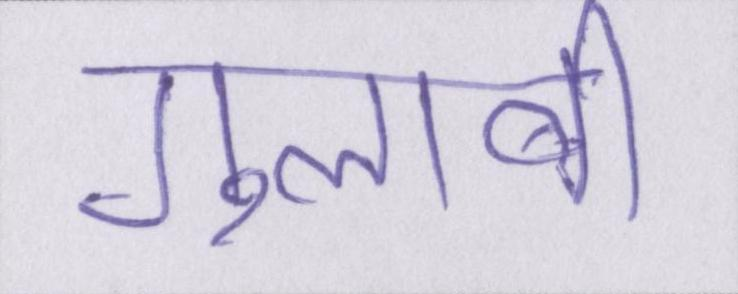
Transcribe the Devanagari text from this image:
गुलाबी